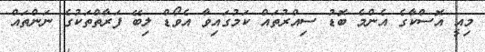
މިއީ އޮސްކާގެ އެންމެ ބޮޑު ސިއްރުތައް ކަމުގައިވާ އެވޯޑް ލިބޭ ފަރާތްތަކުގެ ނަންތައް